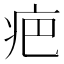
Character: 疤